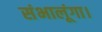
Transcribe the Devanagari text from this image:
संभालूंगा।